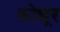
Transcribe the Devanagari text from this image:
कोशूर